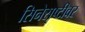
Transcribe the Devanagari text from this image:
सिनेसृष्टीवर